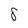
Character: 8